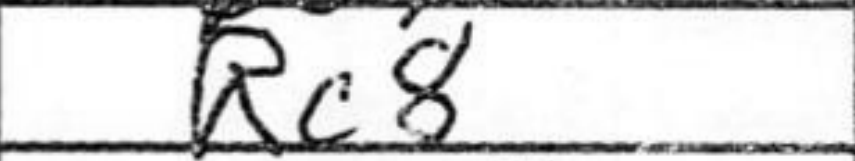
Transcription: Rc8